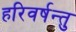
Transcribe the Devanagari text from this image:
हरिवर्षन्तु